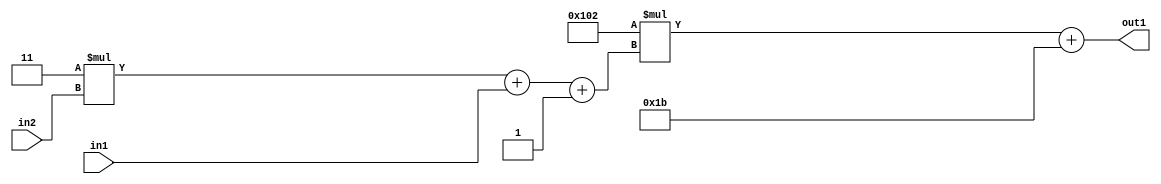
`timescale 1ps / 1ps
/*****************************************************************************
    Verilog RTL Description
    
    
    Created by: Stratus DpOpt 2019.1.01 
*******************************************************************************/

module DC_Filter_Add2i27Mul2i258Add3i1u1Mul2i3u2_4 (
	in2,
	in1,
	out1
	); /* architecture "behavioural" */ 
input [1:0] in2;
input  in1;
output [11:0] out1;
wire [11:0] asc001;
wire [3:0] asc002;

wire [3:0] asc002_tmp_0;
wire [3:0] asc002_tmp_1;
assign asc002_tmp_1 = 
	+(4'B0011 * in2);
assign asc002_tmp_0 = asc002_tmp_1
	+(in1);
assign asc002 = asc002_tmp_0
	+(4'B0001);

wire [11:0] asc001_tmp_2;
assign asc001_tmp_2 = 
	+(12'B000100000010 * asc002);
assign asc001 = asc001_tmp_2
	+(12'B000000011011);

assign out1 = asc001;
endmodule

/* CADENCE  vrP3TQg= : u9/ySgnWtBlWxVPRXgAZ4Og= ** DO NOT EDIT THIS LINE ******/